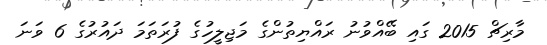
މާރިޗް 2015 ގައި ބޭއްވުނު ރައްޔިތުންގެ މަޖިލީހުގެ ފުރަތަމަ ދައުރުގެ 6 ވަނަ